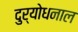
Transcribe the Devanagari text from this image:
दुर्योधनाल